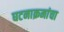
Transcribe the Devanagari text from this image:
घटनाक्रमांचा